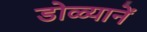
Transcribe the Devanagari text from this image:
डोळ्यानें